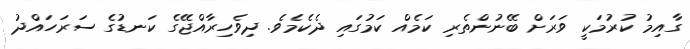
ގާއިމު ކުރުމަކީ ވަރަށް ބޭނުންތެރި ކަމެއް ކަމުގައި ދެކެމެވެ. ދިވެހިރާއްޖޭގެ ކަނޑުގެ ސަރަހައްދު